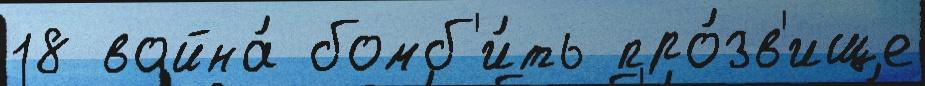
18 война́ бомб'и́ть про́зв'ище